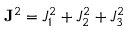
{ \bf J } ^ { 2 } = J _ { 1 } ^ { 2 } + J _ { 2 } ^ { 2 } + J _ { 3 } ^ { 2 }